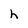
Character: h